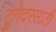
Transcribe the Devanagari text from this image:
टुगेदरसाठी